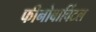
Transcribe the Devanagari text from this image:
फीनोबार्बिटल